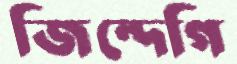
জিন্দেগি